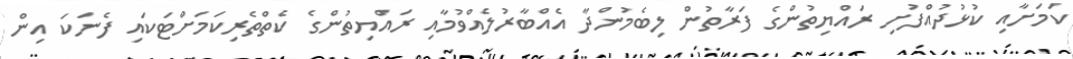
ކަމަށާއި ކުޅުދުއްފުށި ރައްޔިތުންގެ ފަރާތުން ލިބެމުންދާ އެއްބާރުލެއްވުމާއި ރައްޔިތުންގެ ކެތްތެރިކަމަށްޓަކައި ފެނަކަ އިން